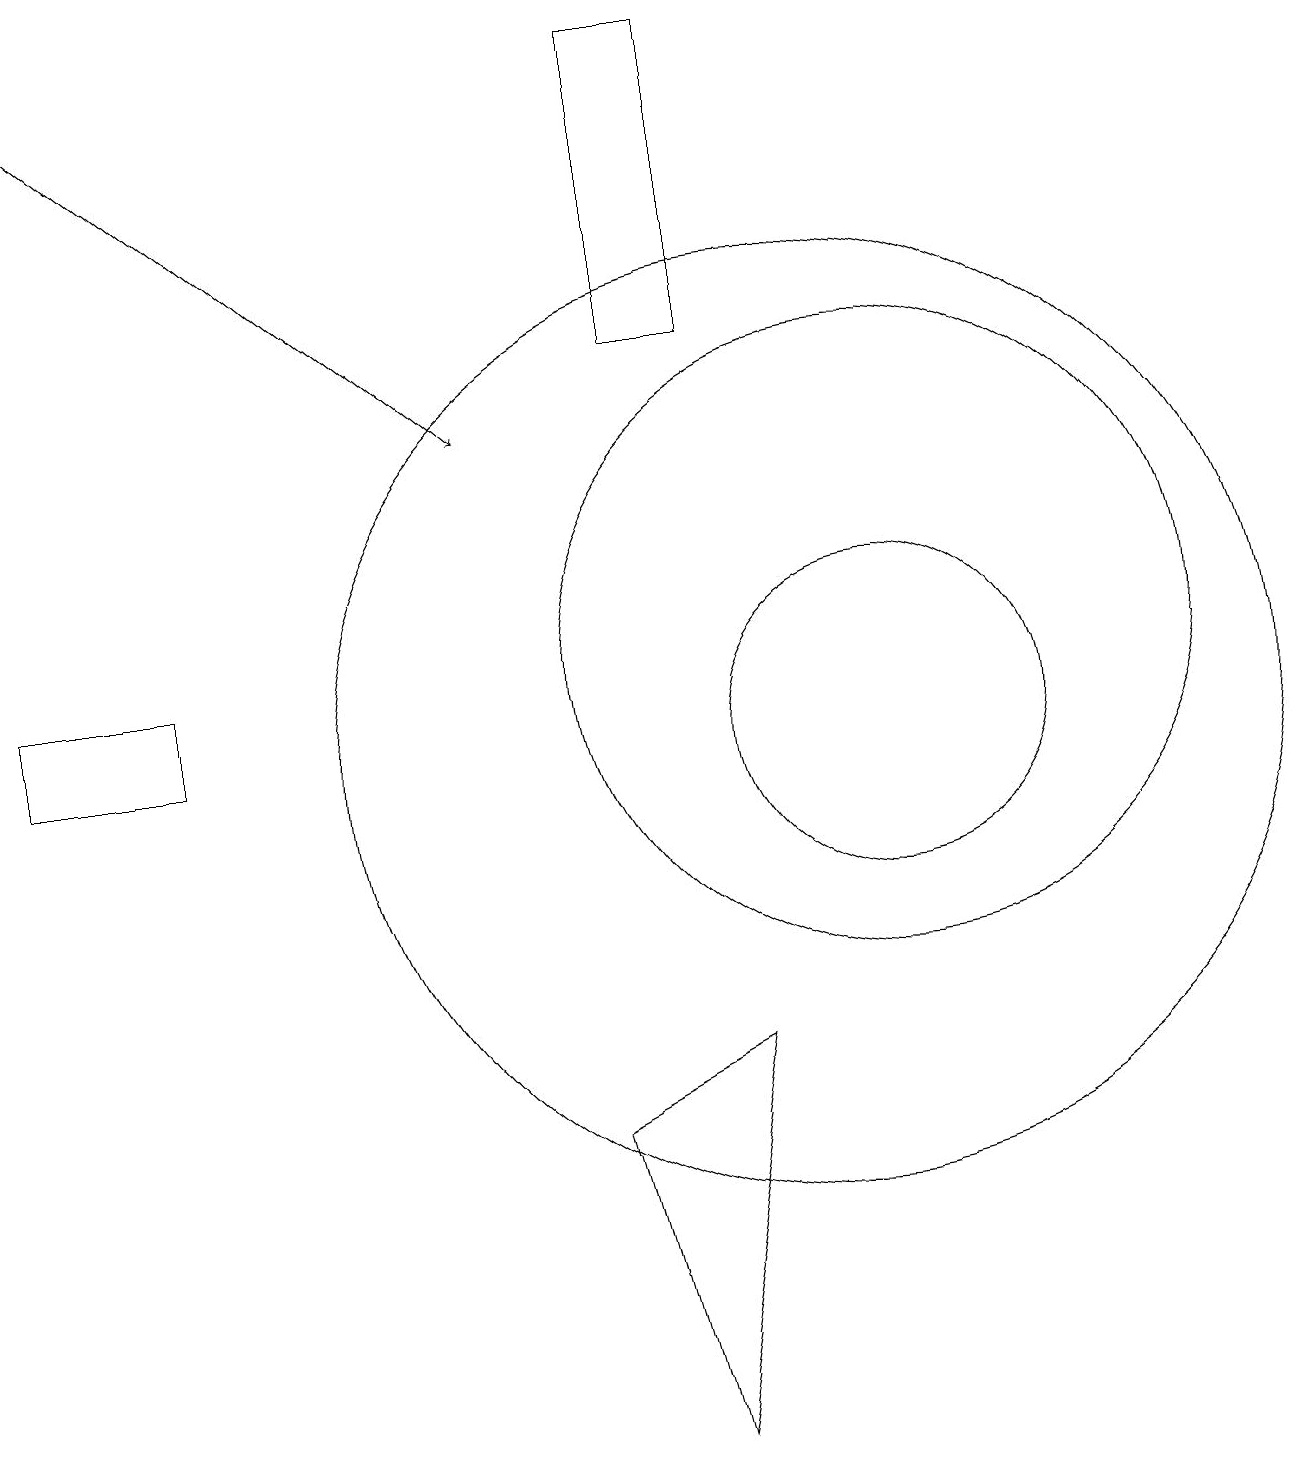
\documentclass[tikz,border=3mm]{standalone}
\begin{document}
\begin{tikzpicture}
\draw (2,10) rectangle (0,11);
\draw (11,11) circle (4);
\draw (10,10) circle (6);
\draw (11,10) circle (2);
\draw (9,15) rectangle (8,19);
\draw (8,1) -- (9,6) -- (7,5) -- cycle;
\draw[->] (0,19) -- (6,14);
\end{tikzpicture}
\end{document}